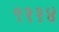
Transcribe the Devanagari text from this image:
९११४